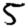
Digit: 5